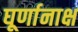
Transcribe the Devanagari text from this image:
घूर्णानाक्ष